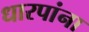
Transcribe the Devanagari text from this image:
धारपांना